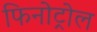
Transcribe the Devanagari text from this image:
फिनोट्रोल